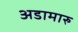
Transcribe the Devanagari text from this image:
अडामारु